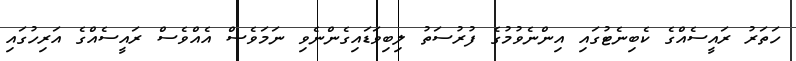
ހަތަރު ރައީސެއްގެ ކެބިނެޓުގައި އިންނެވުމުގެ ފުރުސަތު ލިބިވަޑައިގެންނެވި ނަމަވެސް އެއްވެސް ރައީސެއްގެ އަރިހުގައި